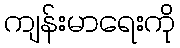
ကျန်းမာရေးကို